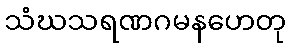
သံဃသရဏဂမနဟေတု